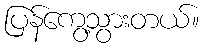
ပြန်ကွေ့သွားတယ်။